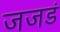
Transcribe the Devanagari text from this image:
जजडं